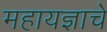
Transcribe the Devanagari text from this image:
महायज्ञाचे